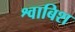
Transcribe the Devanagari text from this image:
श्वाबिश